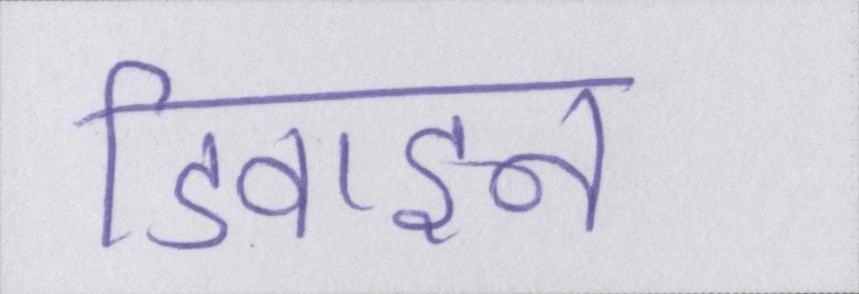
डिवाइन